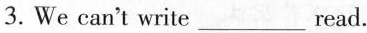
3.We can't write ___ read.